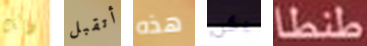
ذلك أتقبل هذه يكن طنطا